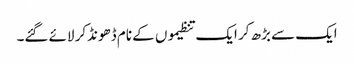
ایک سے بڑھ کر ایک تنظیموں کے نام ڈھونڈکر لائے گئے۔